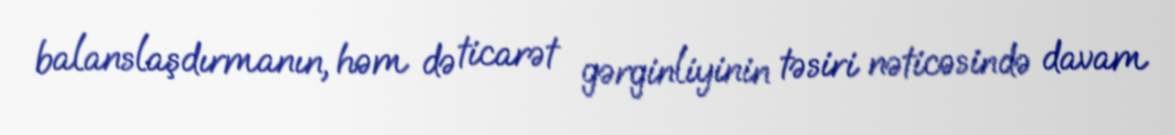
balanslaşdırmanın, həm də ticarət gərginliyinin təsiri nəticəsində davam